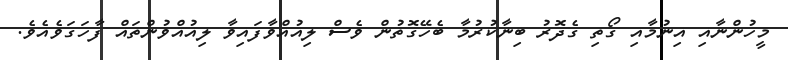
މީހުންނާއި އިނުމާއި ގޯތި ގެދޮރު ބިނާކުރުމާ ބެހޭގޮތުން ވެސް ލިއުއްވާފައިވާ ލިއުއްވުންތައް ފާހަގަވެއެވެ.